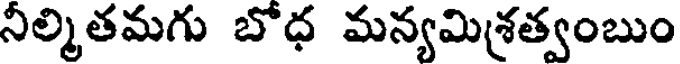
నీల్మితమగు బోధ మన్యమిశ్రత్వంబుం